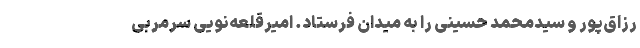
رزاق‌پور و سیدمحمد حسینی را به میدان فرستاد. امیرقلعه‌نویی سرمربی